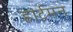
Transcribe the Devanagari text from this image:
हार्टमन